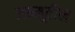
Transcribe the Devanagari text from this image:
जम्मूतील